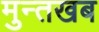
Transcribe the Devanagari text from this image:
मुन्तखब